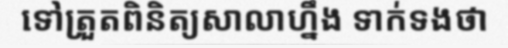
ទៅត្រួតពិនិត្យសាលាហ្នឹង ទាក់ទងថា